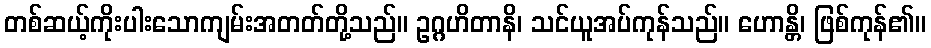
တစ်ဆယ့်ကိုးပါးသောကျမ်းအတတ်တို့သည်။ ဥဂ္ဂဟိတာနိ၊ သင်ယူအပ်ကုန်သည်။ ဟောန္တိ၊ ဖြစ်ကုန်၏။